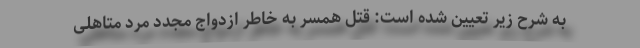
به شرح زیر تعیین شده است: قتل همسر به خاطر ازدواج مجدد مرد متاهلی